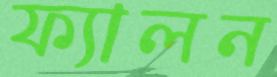
ফ্যালন